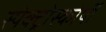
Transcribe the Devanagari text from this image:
स्‍पेक्‍ट्रोस्‍कोर्पी